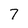
Character: 7